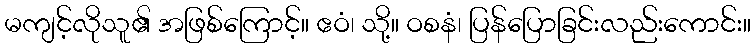
မကျင့်လိုသူ၏ အဖြစ်ကြောင့်။ ဧဝံ၊ သို့။ ဝစနံ၊ ပြန်ပြောခြင်းလည်းကောင်း။